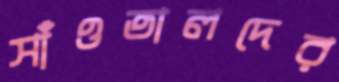
সাঁওতালদের